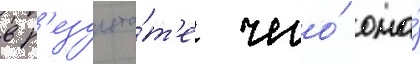
в р'езульта́т'е чего́ она́